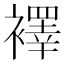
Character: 襗